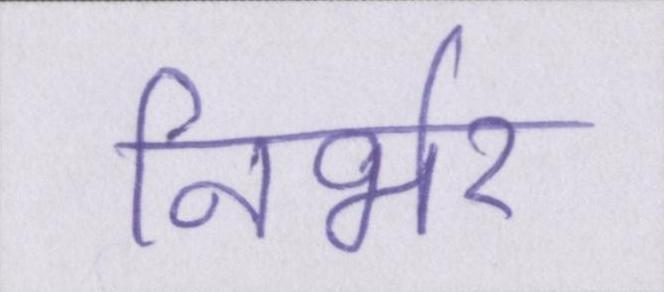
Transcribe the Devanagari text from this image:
निर्भर